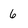
Character: 6